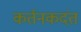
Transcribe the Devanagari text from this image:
कर्तनकदंत